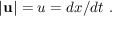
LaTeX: \mathbf { | u | } = u = d x / d t \ .